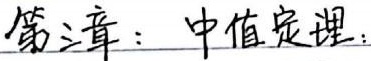
第三章：中值定理